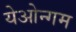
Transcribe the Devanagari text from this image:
येओन्गम